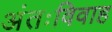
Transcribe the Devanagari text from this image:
अंतःविवाह